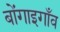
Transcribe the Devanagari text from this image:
बोंगाइगाँव